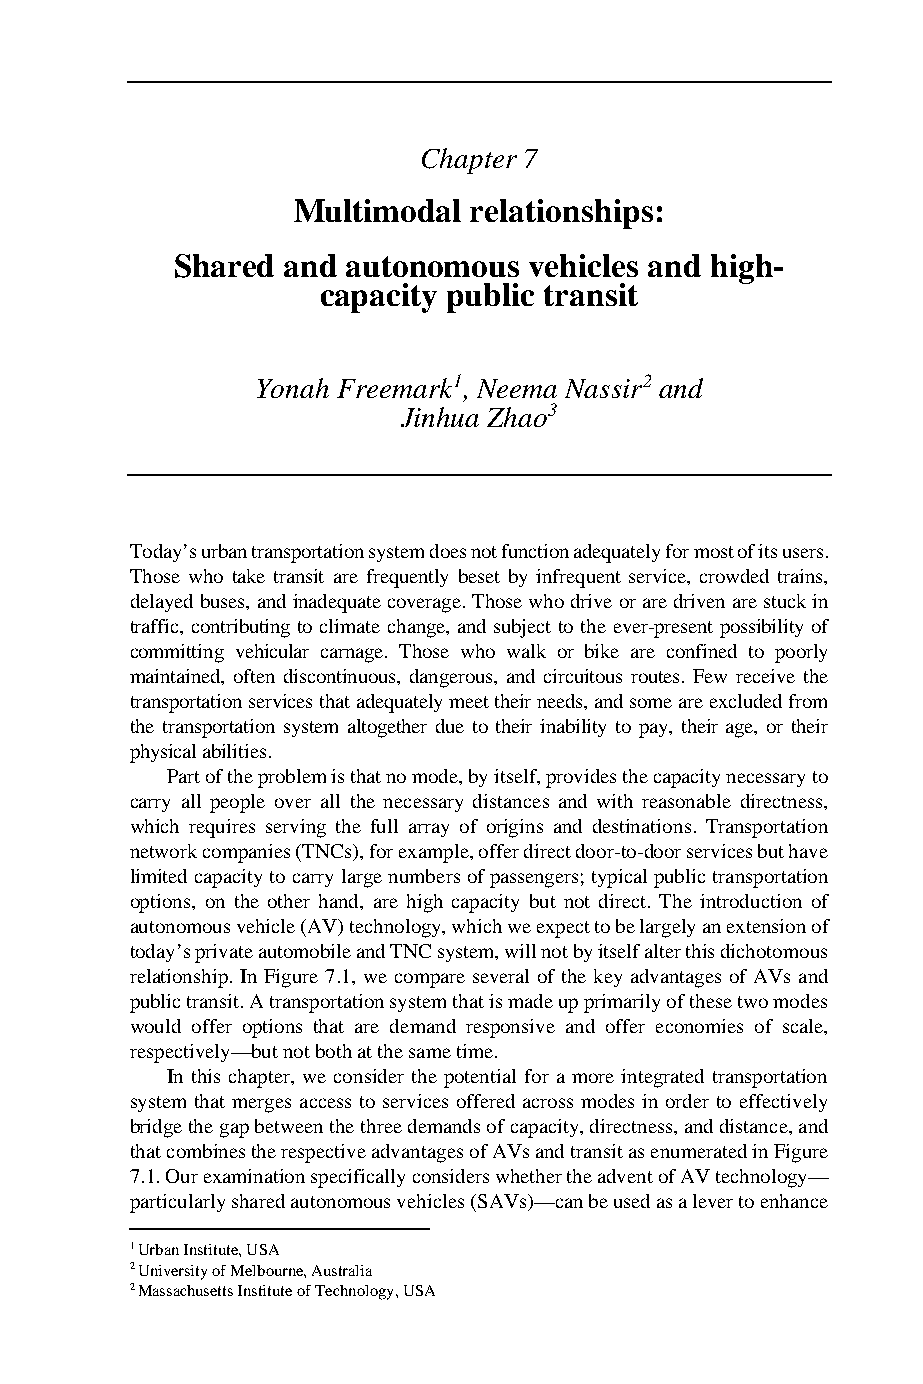
Chapter 7
 Multimodal  relationships:
 Shared and autonomous  vehicles and high-
 capacity public transit
 Yonah Freemark1, Neema Nassir2 and
 Jinhua Zhao3
 Today’s urban transportation system does not function adequately for most of its users.
 Those who take transit are frequently beset by infrequent service, crowded trains,
 delayed buses, and inadequate coverage. Those who drive or are driven are stuck in
 traffic, contributing to climate change, and subject to the ever-present possibility of
 committing vehicular carnage. Those who walk or bike are confined to poorly
 maintained, often discontinuous, dangerous, and circuitous routes. Few receive the
 transportation services that adequately meet their needs, and some are excluded from
 the transportation system altogether due to their inability to pay, their age, or their
 physical abilities.
 Part of the problem is that no mode, by itself, provides the capacity necessary to
 carry all people over all the necessary distances and with reasonable directness,
 which requires serving the full array of origins and destinations. Transportation
 network companies (TNCs), for example, offer direct door-to-door services but have
 limited capacity to carry large numbers of passengers; typical public transportation
 options, on the other hand, are high capacity but not direct. The introduction of
 autonomous vehicle (AV) technology, which we expect to be largely an extension of
 today’s private automobile and TNC system, will not by itself alter this dichotomous
 relationship. In Figure 7.1, we compare several of the key advantages of AVs and
 public transit. A transportation system that is made up primarily of these two modes
 would offer options that are demand responsive and offer economies of scale,
 respectively—but not both at the same time.
 In this chapter, we consider the potential for a more integrated transportation
 system that merges access to services offered across modes in order to effectively
 bridge the gap between the three demands of capacity, directness, and distance, and
 that combines the respective advantages of AVs and transit as enumerated in Figure
 7.1. Our examination specifically considers whether the advent of AV technology—
 particularly shared autonomous vehicles (SAVs)—can be used as a lever to enhance
 1 Urban Institute, USA
 2 University of Melbourne, Australia
 2 Massachusetts Institute of Technology, USA